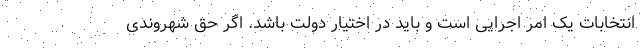
انتخابات یک امر اجرایی است و باید در اختیار دولت باشد. اگر حق شهروندی